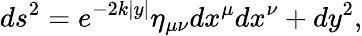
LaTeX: ds^{2}=e^{-2k|y|}\eta_{\mu\nu}dx^{\mu}dx^{\nu}+dy^{2},